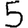
Digit: 5